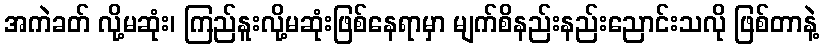
အကဲခတ် လို့မဆုံး၊ ကြည်နူးလို့မဆုံးဖြစ်နေရာမှာ မျက်စိနည်းနည်းညောင်းသလို ဖြစ်တာနဲ့